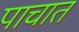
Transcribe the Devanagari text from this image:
पाचात